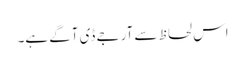
اس لحاظ سے آر جے ڈی آگے ہے۔